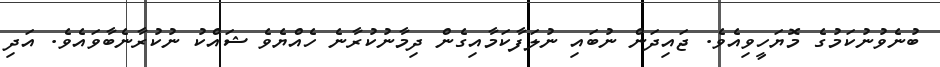
ބުނެވުނުކަމުގެ މޮޔަހީވިއެވެ. ޖައިދަން ނުބައި ނުލަފާކަމާއިގެން ދިމާނުކުރާނެ ހެއްޔެވެ ޝައްކު ނުކުރާނެބާވައެވެ. އަދި